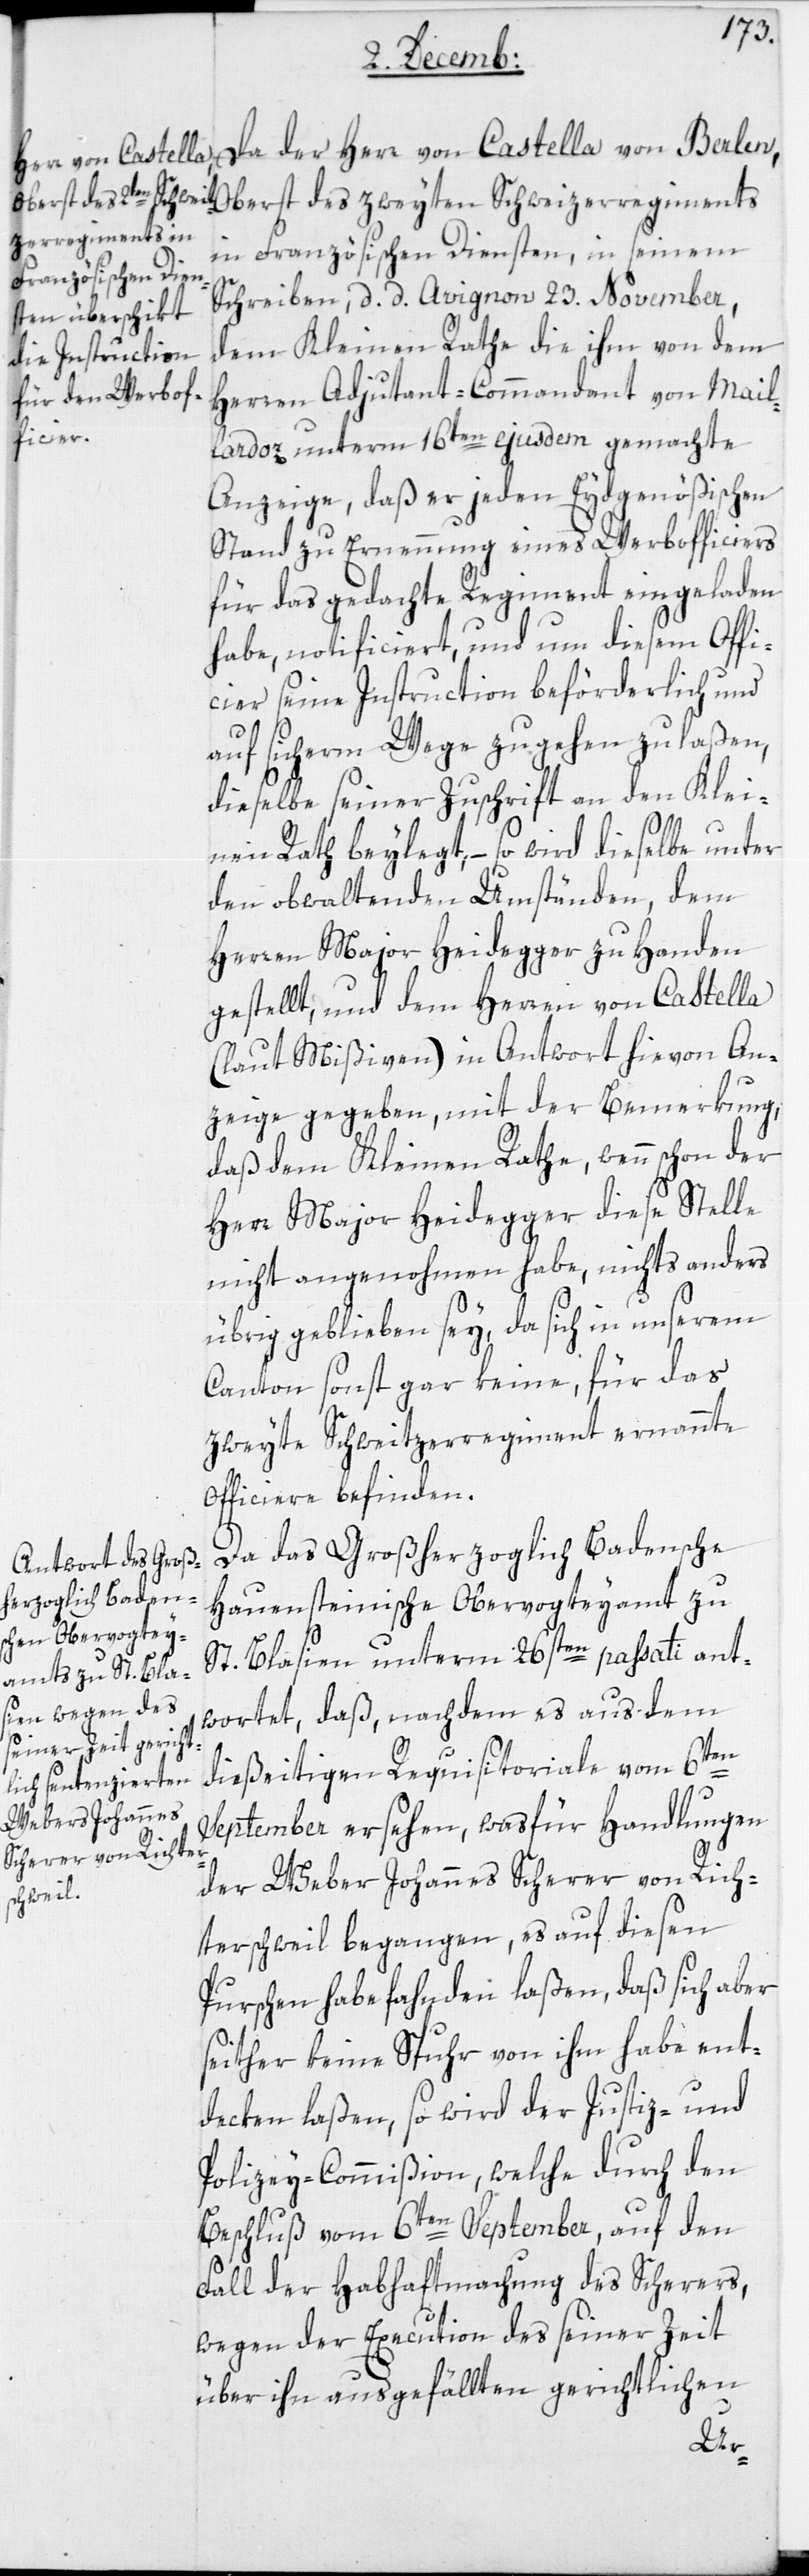
Da der Herr von Castella von Berlen,
Oberst des zweyten Schweitzerregiments
in Französischen Diensten, in seinem
Schreiben, d. d. Avignon 23sten November,
dem Kleinen Rathe die ihm von dem
Herren Adjudant-Commandant von Mail¬
lardoz, unterm 16ten ejusdem gemachte
Anzeige, daß er jeden Eydgenößischen
Stand zu Ernennung eines Werbofficiers
für das gedachte Regiment eingeladen
habe, notificiert, und um diesem Offi¬
cier seine Instruction beförderlich und
auf sicherm Wege zu gehen zu laßen,
dieselbe seiner Zuschrift an den Klei¬
nen Rath beylegt, – so wird dieselbe unter
den obwaltenden Umständen, dem
Herren Major Heidegger zu Handen
gestellt, und dem Herren von Castella
(laut Mißiven) in Antwort hievon An¬
zeige gegeben, mit der Bemerkung,
daß dem Kleinen Rathe, wenn schon der
Herr Major Heidegger diese Stelle
nicht angenohmen habe, nichts anders
übrig geblieben sey, da sich in unserem
Canton sonst gar keine, für das
zweyte Schweitzerregiment ernannte
Officiere befinden.
Da das Großherzoglich Badensche
Hauensteinische Obervogteyamt zu
St. Blasien unterm 26sten passati ant¬
wortet, daß, nachdem es aus dem
dießeitigen Requisitoriale vom 6ten
September ersehen, was für Handlungen
der Weber Johannes Scherer von Rich¬
terschweil begangen, es auf diesen
Burschen habe fahnden laßen, daß sich aber
seither keine Spuhr von ihm habe ent¬
deken laßen, so wird der Justiz- und
Polizey-Commißion, welche durch den
Beschluß vom 6ten September auf den
Fall der Habhaftmachung des Scherers,
wegen der Execution des seiner Zeit
über ihn ausgefällten gerichtlichen